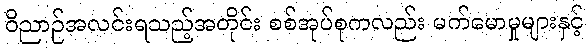
ဝိညာဉ်အလင်းရသည့်အတိုင်း စစ်အုပ်စုကလည်း မက်မောမှုများနှင့်